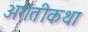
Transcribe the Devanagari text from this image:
अगतीकथा